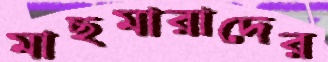
মাছমারাদের